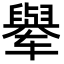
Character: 𬛼